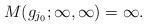
LaTeX: \begin{align*} M( g_{j_0}; \infty, \infty ) = \infty.\end{align*}